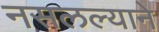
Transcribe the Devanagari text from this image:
नसलल्याने